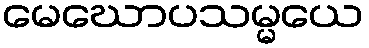
မေဃောပသမ္မယေ